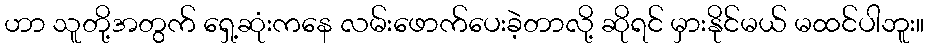
ဟာ သူတို့အတွက် ရှေ့ဆုံးကနေ လမ်းဖောက်ပေးခဲ့တာလို့ ဆိုရင် မှားနိုင်မယ် မထင်ပါဘူး။